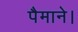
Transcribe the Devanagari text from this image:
पैमाने।